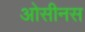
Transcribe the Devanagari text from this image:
ओसीनस